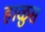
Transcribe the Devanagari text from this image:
हाळुस